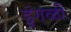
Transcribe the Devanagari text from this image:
डुंगळी